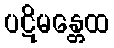
ပဋိမန္တေထ